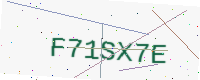
Text: F71SX7E